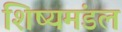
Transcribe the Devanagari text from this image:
शिष्यमंडल